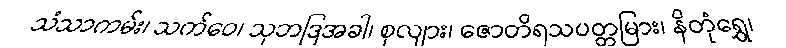
သံသာကမ်း၊ သက်ဝေ၊ သုဘဒြအခါ၊ စုလျား၊ ဇောတိရသပတ္တမြား၊ နိတုံရွှေ၊